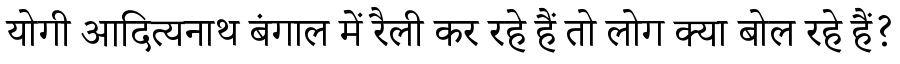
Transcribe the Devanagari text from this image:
योगी आदित्यनाथ बंगाल में रैली कर रहे हैं तो लोग क्या बोल रहे हैं?